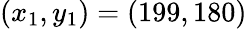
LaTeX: (x_{1},y_{1})=(199,180)